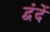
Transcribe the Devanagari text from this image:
द्वंदें